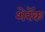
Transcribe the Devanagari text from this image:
शेरॅक